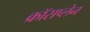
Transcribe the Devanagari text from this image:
क्रॉसप्लेन